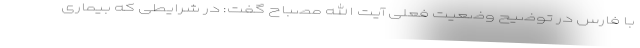
با فارس در توضیح وضعیت فعلی آیت الله مصباح گفت: در شرایطی که بیماری